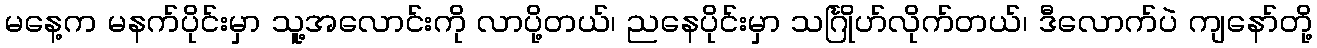
မနေ့က မနက်ပိုင်းမှာ သူ့အလောင်းကို လာပို့တယ်၊ ညနေပိုင်းမှာ သင်္ဂြိုဟ်လိုက်တယ်၊ ဒီလောက်ပဲ ကျနော်တို့